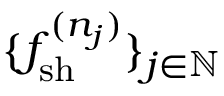
\{ f _ { \mathrm { { s h } } } ^ { ( n _ { j } ) } \} _ { j \in \mathbb { N } }